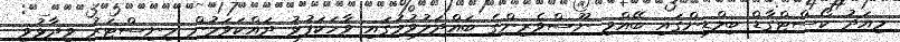
މިއަދު ކޯސްޓްގާޑް ބިލްޑިންގައި ބޭއްވި ނޫސްވެރިންގެ ބައްދަލުވުމުގައި ވާހަކަފުޅު ދައްކަވަމުން މިނިސްޓަރު ވިދާޅުވީ